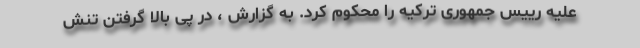
علیه رییس جمهوری ترکیه را محکوم کرد. به گزارش ، در پی بالا گرفتن تنش